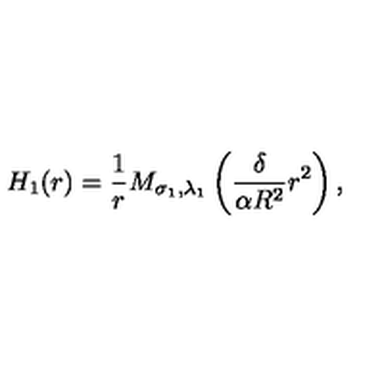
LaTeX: H _ { 1 } ( r ) = \frac { 1 } { r } M _ { \sigma _ { 1 } , \lambda _ { 1 } } \left( \frac { \delta } { \alpha R ^ { 2 } } r ^ { 2 } \right) ,